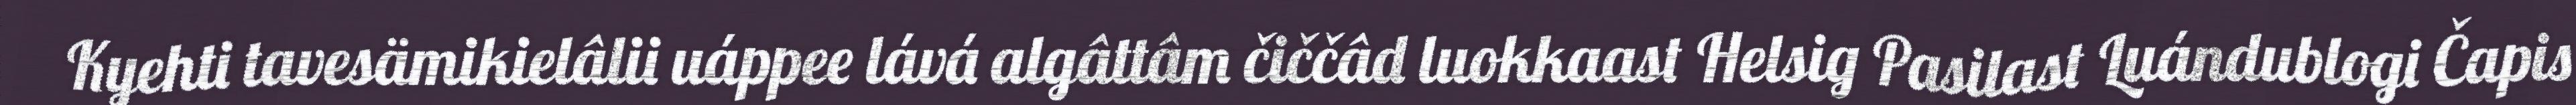
Kyehti tavesämikielâlii uáppee lává algâttâm čiččâd luokkaast Helsig Pasilast Luándublogi Čapis